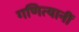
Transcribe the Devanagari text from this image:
गणित्यानीं